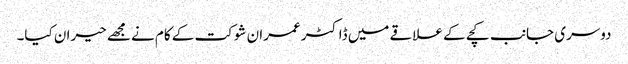
دوسری جانب کچے کے علاقے میں ڈاکٹر عمران شوکت کے کام نے مجھے حیران کیا۔